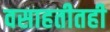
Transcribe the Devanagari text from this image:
वसाहतीतही